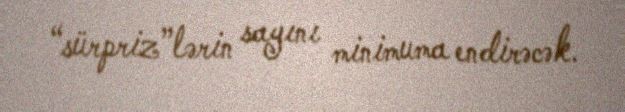
“sürpriz”lərin sayını minimuma endirəcək.